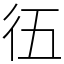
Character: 鿉